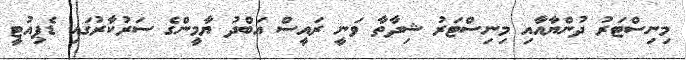
މިނިސްޓަރު ދުންޔާއާއި މިނިސްޓަރު ޝިދާތާ ވަނީ ރައީސް އަބްދު ޔާމީންގެ ސަރުކާރުގައި ޑެޕިއުޓީ